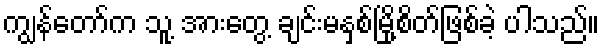
ကျွန်တော်က သူ့ အားတွေ့ ချင်းမနှစ်မြို့စိတ်ဖြစ်ခဲ့ ပါသည်။